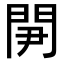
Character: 𨳬